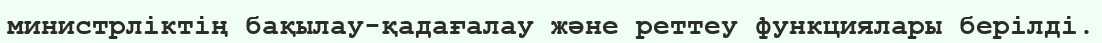
министрліктің бақылау-қадағалау және реттеу функциялары берілді.